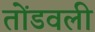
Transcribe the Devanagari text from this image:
तोंडवली